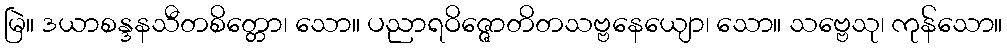
မြဲ။ ဒယာစန္ဒနသီတစိတ္တော၊ သော။ ပညာရဝိဇ္ဇောတိတသဗ္ဗနေယျော၊ သော။ သဗ္ဗေသု၊ ကုန်သော။